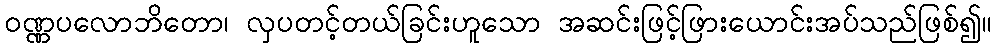
ဝဏ္ဏပလောဘိတော၊ လှပတင့်တယ်ခြင်းဟူသော အဆင်းဖြင့်ဖြားယောင်းအပ်သည်ဖြစ်၍။